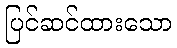
ပြင်ဆင်ထားသော